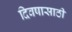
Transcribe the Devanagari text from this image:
दिवषासाठी